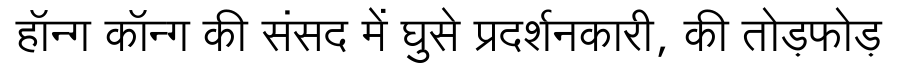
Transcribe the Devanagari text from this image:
हॉन्ग कॉन्ग की संसद में घुसे प्रदर्शनकारी, की तोड़फोड़